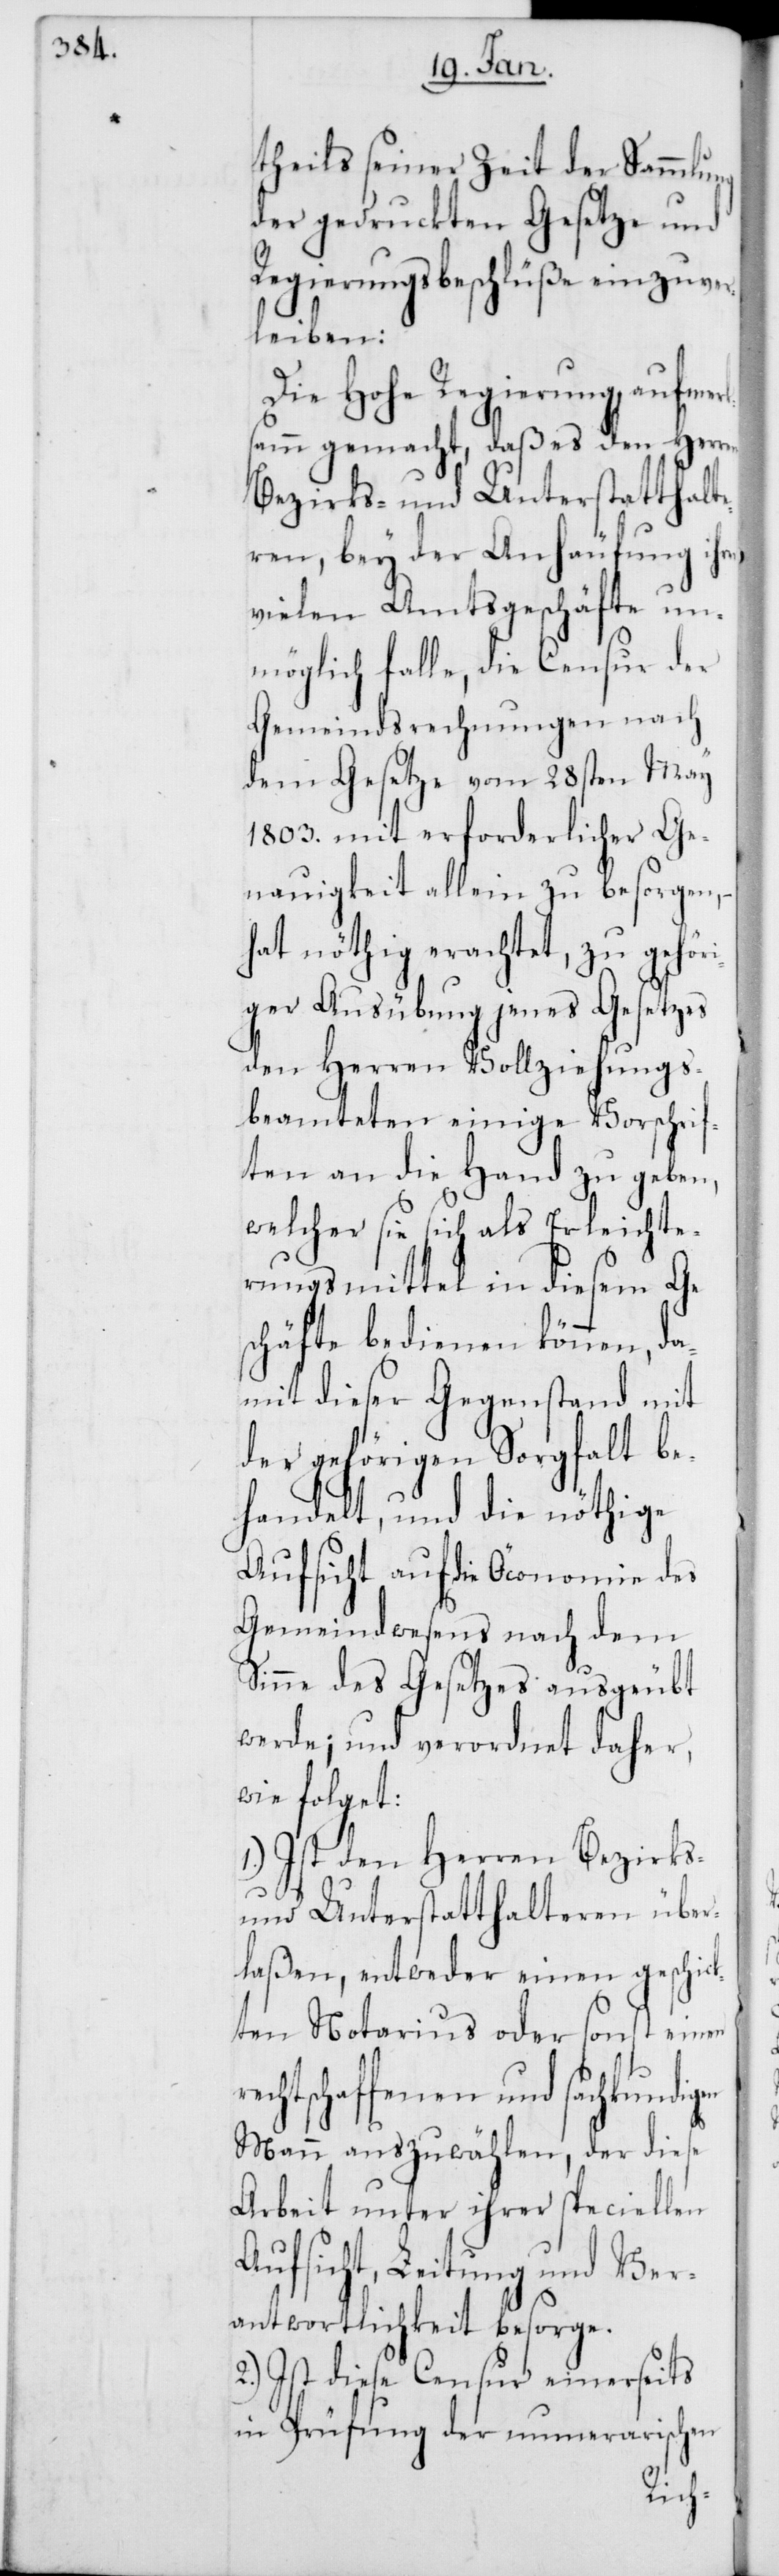
theils seiner Zeit der Sammlung
der gedruckten Gesetze und
Regierungsbeschlüße einzuver¬
leiben:
Die Hohe Regierung aufmerk¬
samm gemacht, daß es den Herren
Bezirks- und Unterstatthalte¬
ren, bey der Anhäufung ihrer
vielen Amtsgeschäfte un¬
möglich falle, die Censur der
Gemeindsrechnungen nach
dem Gesetze vom 28sten May
1803. mit erforderlicher Ge¬
nauigkeit allein zu besorgen, –
hat nöthig erachtet, zu gehör¬
iger Ausübung jenes Gesetzes
den Herren Vollziehungs¬
beamteten einige Vorschrif¬
ten an die Hand zu geben,
welcher sie sich als Erleichte¬
rungsmittel in diesem Ges¬
chäfte bedienen können, da¬
mit dieser Gegenstand mit
der gehörigen Sorgfalt be¬
handelt, und die nöthige
Aufsicht auf die Öconomie des
Gemeindwesens nach dem
Sinne des Gesetzes ausgeübt
werde; und verordnet daher,
wie folget:
1.) Ist den Herren Bezirks-
und Unterstatthalteren über¬
laßen, entweder einen geschick¬
ten Notarius oder sonst einen
tschaffenen und sachkundigen
Mann auszuwählen, der diese
Arbeit unter ihrer speciellen
Aufsicht, Leitung und Ver¬
antwortlichkeit besorge.
2.) Ist diese Censur einerseits
in Prüfung der numerarischen
rech¬